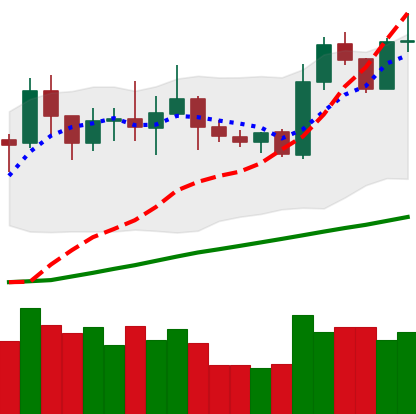
Ticker: NEO-USD
Chart end date: 2020-07-26
Forward return: 4.927%
Label: up_3_5